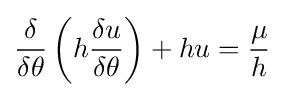
{\frac {\delta }{\delta \theta }}\left(h{\frac {\delta u}{\delta \theta }}\right)+hu={\frac {\mu }{h}}